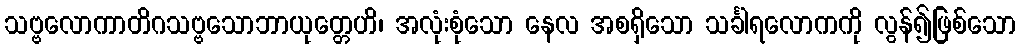
သဗ္ဗလောကာတိဂသဗ္ဗသောဘာယုတ္တေဟိ၊ အလုံးစုံသော နေလ အစရှိသော သင်္ခါရလောကကို လွန်၍ဖြစ်သော